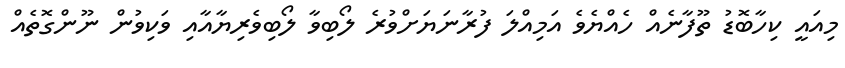
މިއައީ ކިހާބޮޑު ތޫފާނެއް ހެއްޔެވެ އަމިއްލަ ފުރާނަޔަށްވުރެ ލޯބިވާ ލޯބިވެރިޔާއާއި ވަކިވުން ނޫންގޮތެއް